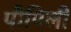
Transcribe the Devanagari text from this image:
पौपिली